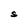
Character: S